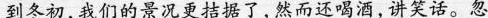
到冬初,我们的景况更拮据了,然而还喝酒,讲笑话。忽